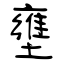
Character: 壅